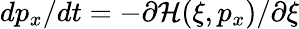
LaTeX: dp_{x}/dt=-\partial\mathcal{H}(\xi,p_{x})/\partial\xi